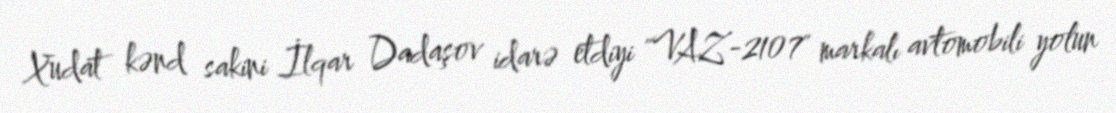
Xudat kənd sakini İlqar Dadaşov idarə etdiyi "VAZ-2107" markalı avtomobili yolun